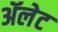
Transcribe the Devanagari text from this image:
ॲलेट